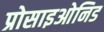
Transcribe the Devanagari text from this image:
प्रोसाइओनिड